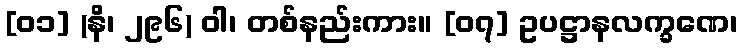
[၀၁] (နိ၊ ၂၉၆) ဝါ၊ တစ်နည်းကား။ [၀၇] ဥပဋ္ဌာနလက္ခဏေ၊